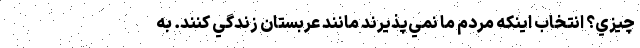
چيزي؟ انتخاب اينكه مردم ما نمي‌پذيرند مانند عربستان زندگي كنند. به